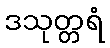
ဒသုတ္တရံ